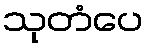
သုတံပေ